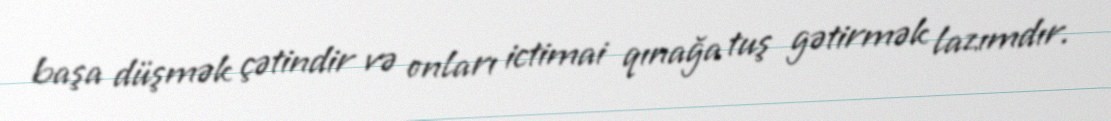
başa düşmək çətindir və onları ictimai qınağa tuş gətirmək lazımdır.